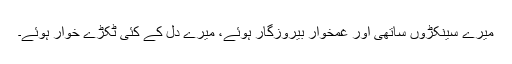
میرے سینکڑوں ساتھی اور غمخوار بیروزگار ہوئے، میرے دل کے کئی ٹکڑے خوار ہوئے۔